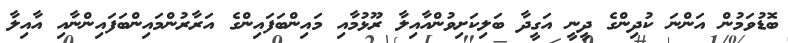
ބޮޑުވަމުން އަންނަ ކުދިންގެ ދީނީ އަގީދާ ބަލިކަށިވުންއާއިލާ ރޫޅުމާއި މައިންބަފައިންގެ އަރާރުންމައިންބަފައިންނާއި އާއިލާ